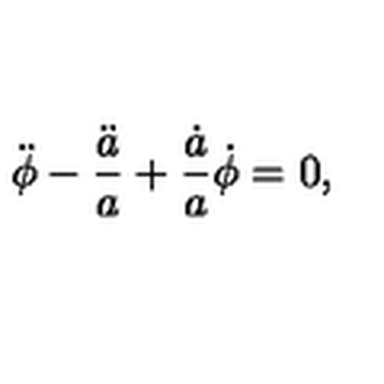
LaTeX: \ddot { \phi } - \frac { \ddot { a } } { a } + \frac { \dot { a } } { a } \dot { \phi } = 0 ,